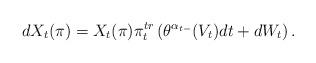
LaTeX: \begin{align*}dX_{t}(\pi)=X_t(\pi)\pi _{t}^{tr}\left( \theta^{\alpha_{t-}}(V_{t})dt+dW_{t}\right) . \end{align*}